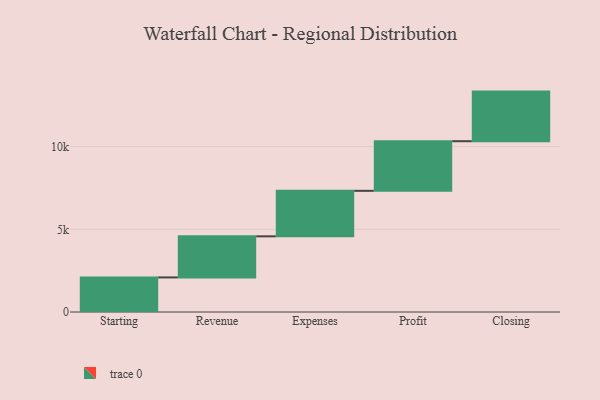
{"axis": {"x": "Step", "y": "Value"}, "legend": [""], "data": [{"x": "Starting", "y": 2091.0, "type": ""}, {"x": "Revenue", "y": 2484.0, "type": ""}, {"x": "Expenses", "y": 2752.0, "type": ""}, {"x": "Profit", "y": 3000, "type": ""}, {"x": "Closing", "y": 3000, "type": ""}]}